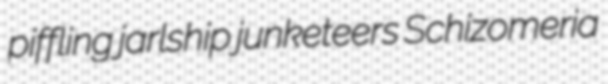
piffling jarlship junketeers Schizomeria